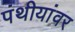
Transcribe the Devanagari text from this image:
पंथीयांवर